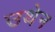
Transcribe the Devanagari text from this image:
उथेन